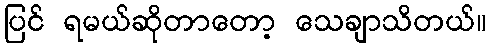
ပြင် ရမယ်ဆိုတာတော့ သေချာသိတယ်။